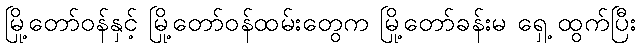
မြို့တော်ဝန်နှင့် မြို့တော်ဝန်ထမ်းတွေက မြို့တော်ခန်းမ ရှေ့ ထွက်ပြီး